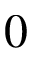
0